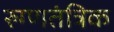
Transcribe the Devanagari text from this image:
रुग्णतंत्रिक